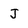
Character: J